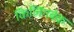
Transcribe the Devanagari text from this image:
किलिंगबेक